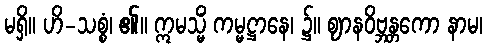
မရှိ။ ဟိ-သစ္စံ၊ ၏။ ဣမသ္မိံ ကမ္မဋ္ဌာနေ၊ ၌။ ဈာနဝိဗ္ဘန္တကော နာမ၊